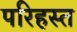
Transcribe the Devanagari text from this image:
परिहस्त